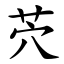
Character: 茓